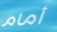
أمام